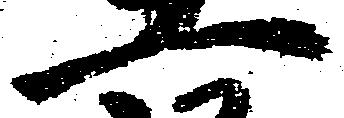
一